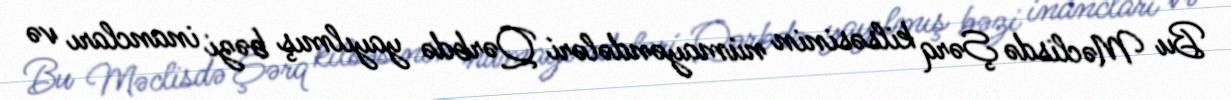
Bu Məclisdə Şərq kilsəsinin nümayəndələri Qərbdə yayılmış bəzi inancları və